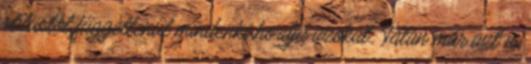
stílustól függetlenül mindenki hordja azokat. Talán már azt is